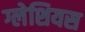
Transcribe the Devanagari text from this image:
ग्लेशियस